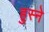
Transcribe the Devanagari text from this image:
हुस्ने